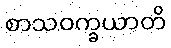
စာသဝက္ခယာတိ